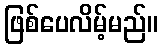
ဖြစ်ပေလိမ့်မည်။